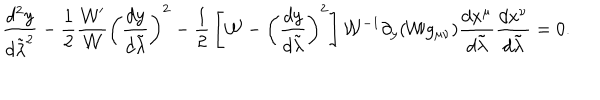
{ \frac { d ^ { 2 } y } { d \tilde { \lambda } ^ { 2 } } } - { \frac { 1 } { 2 } } { \frac { { \cal W } ^ { \prime } } { \cal W } } \left( { \frac { d y } { d \tilde { \lambda } } } \right) ^ { 2 } - { \frac { 1 } { 2 } } \left[ { \cal W } - \left( { \frac { d y } { d \tilde { \lambda } } } \right) ^ { 2 } \right] { \cal W } ^ { - 1 } \partial _ { y } ( { \cal W } g _ { \mu \nu } ) { \frac { d x ^ { \mu } } { d \tilde { \lambda } } } { \frac { d x ^ { \nu } } { d \tilde { \lambda } } } = 0 .